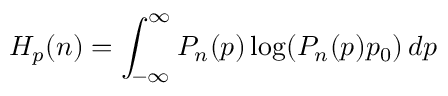
H _ { p } ( n ) = \int _ { - \infty } ^ { \infty } P _ { n } ( p ) \log ( P _ { n } ( p ) p _ { 0 } ) \, d p